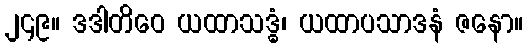
၂၄၉။ ဒဒါတိဝေ ယထာသဒ္ဓံ၊ ယထာပသာဒနံ ဇနော။